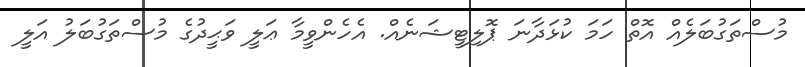
މުސްތަގުބަލެއް އޮތް ހަމަ ކުޅަދާނަ ޕޮލިޓީޝަނެއް. އެހެންވީމާ ޢަލީ ވަޙީދުގެ މުސްތަގުބަލު އަލީ